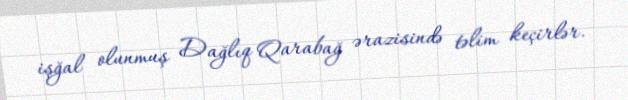
işğal olunmuş Dağlıq Qarabağ ərazisində təlim keçirlər.